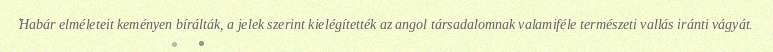
Habár elméleteit keményen bírálták, a jelek szerint kielégítették az angol társadalomnak valamiféle természeti vallás iránti vágyát.